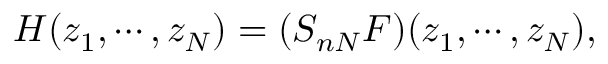
H ( z _ { 1 } , \cdots , z _ { N } ) = ( S _ { n N } F ) ( z _ { 1 } , \cdots , z _ { N } ) ,